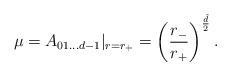
LaTeX: \begin{align*}\mu=A_{01...d-1}|_{r=r_+}=\left(\frac{r_-}{r_+}\right)^{\frac{\tilde d}{2}}.\end{align*}